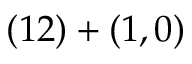
( 1 2 ) + ( 1 , 0 )